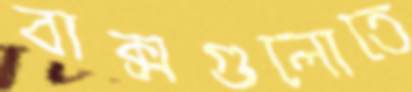
বাক্সগুলোতে